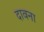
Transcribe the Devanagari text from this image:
दावना